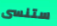
ستنسى